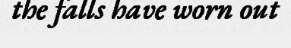
the falls have worn out